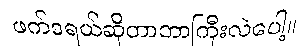
ဖက်ဒရယ်ဆိုတာဘာကြီးလဲပေါ့။